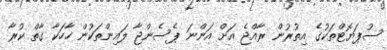
ސުޕަޔޮޓްތަކުގެ އިތުރުން ރާއްޖެ އަށް އަންނަ ޕެސެންޖާ ލައިންތަކުން ހާހަކާ ގާތް ކުރާ